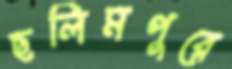
ছলিমপুরে